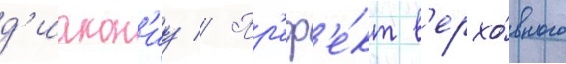
д'иакон'иу // Пр'еф'е́кт в'ерхо́вного